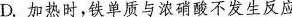
D.加热时，铁单质与浓硝酸不发生反应